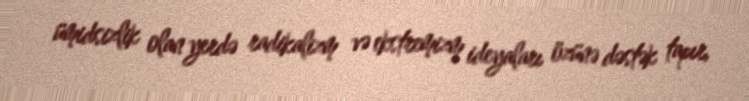
ümidsizlik olan yerdə radikalizm və ekstremizm ideyaları özünə dəstək tapır,